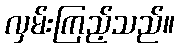
လှမ်းကြည့်သည်။